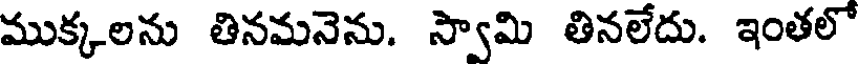
ముక్కలను తినమనెను. స్వామి తినలేదు. ఇంతలో